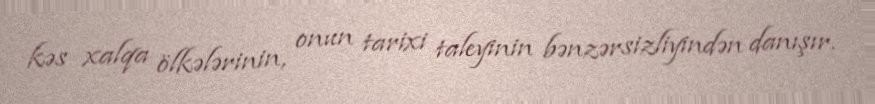
kəs xalqa ölkələrinin, onun tarixi taleyinin bənzərsizliyindən danışır.